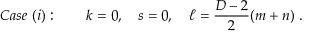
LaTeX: C a s e \ ( i ) : \qquad k = 0 , \quad s = 0 , \quad \ell = \frac { D - 2 } { 2 } ( m + n ) \; .